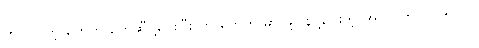
က လာတဲ့ တွေကို တွေဆီပို့ပေးပြီး က တွေကို မှာ ဖို့ပြန်ပို့ပေးတဲ့ အလုပ်ကိုလုပ်တာပါ။